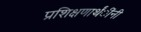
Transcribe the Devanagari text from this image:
प्रशिक्षणार्थंींनी